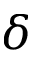
\delta